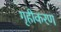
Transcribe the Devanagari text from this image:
गृहीकरण